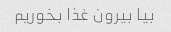
بیا بیرون غذا بخوریم